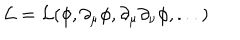
\cal L = \cal L ( \phi , \partial _ { \mu } \phi , \partial _ { \mu } \partial _ { \nu } \phi , . . . )